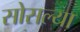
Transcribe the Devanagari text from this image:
सोसल्या